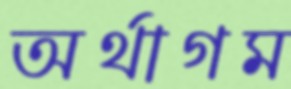
অর্থাগম